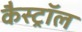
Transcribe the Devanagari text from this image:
कैस्ट्रॉल